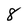
Character: 8